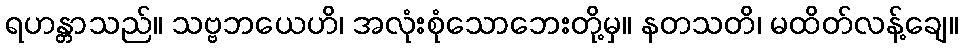
ရဟန္တာသည်။ သဗ္ဗဘယေဟိ၊ အလုံးစုံသောဘေးတို့မှ။ နတသတိ၊ မထိတ်လန့်ချေ။